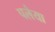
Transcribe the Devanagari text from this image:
पलैया